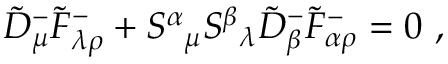
\tilde { D } _ { \mu } ^ { - } \tilde { F } _ { \lambda \rho } ^ { - } + S ^ { \alpha } { } _ { \mu } S ^ { \beta } { } _ { \lambda } \tilde { D } _ { \beta } ^ { - } \tilde { F } _ { \alpha \rho } ^ { - } = 0 ~ ,